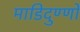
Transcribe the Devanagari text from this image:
माडिदुण्णों